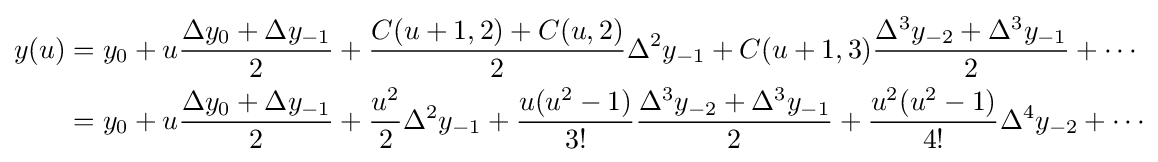
{\begin{aligned}y(u)&=y_{0}+u{\frac {\Delta y_{0}+\Delta y_{-1}}{2}}+{\frac {C(u+1,2)+C(u,2)}{2}}\Delta ^{2}y_{-1}+C(u+1,3){\frac {\Delta ^{3}y_{-2}+\Delta ^{3}y_{-1}}{2}}+\cdots \\&=y_{0}+u{\frac {\Delta y_{0}+\Delta y_{-1}}{2}}+{\frac {u^{2}}{2}}\Delta ^{2}y_{-1}+{\frac {u(u^{2}-1)}{3!}}{\frac {\Delta ^{3}y_{-2}+\Delta ^{3}y_{-1}}{2}}+{\frac {u^{2}(u^{2}-1)}{4!}}\Delta ^{4}y_{-2}+\cdots \end{aligned}}